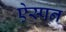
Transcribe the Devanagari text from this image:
ऐस्पन